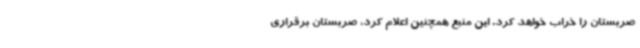
صربستان را خراب خواهد کرد. این منبع همچنین اعلام کرد، صربستان برقراری